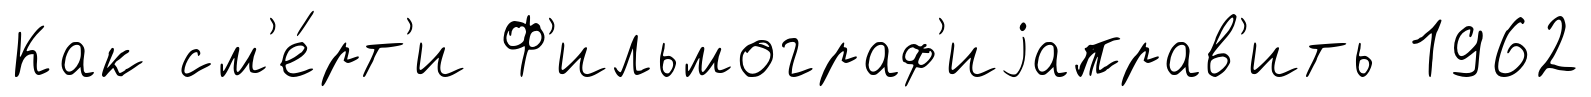
Как см'е́рт'и Ф'ильмограф'иjаправ'ить 1962